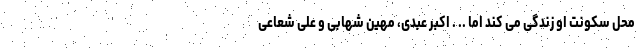
محل سکونت او زندگی می کند اما .. . اکبر عبدی، مهین شهابی و علی شعاعی